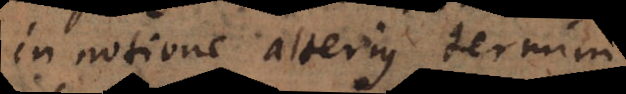
in notione alterius termini